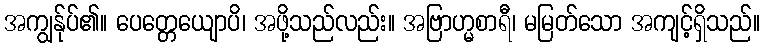
အကျွန်ုပ်၏။ ပေတ္တေယျောပိ၊ အဖို့သည်လည်း။ အဗြာဟ္မစာရီ၊ မမြတ်သော အကျင့်ရှိသည်။